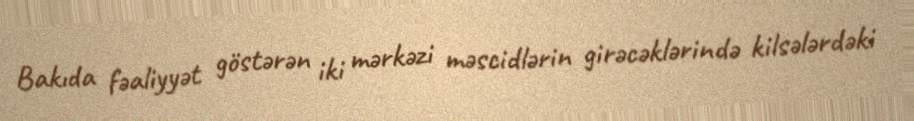
Bakıda fəaliyyət göstərən iki mərkəzi məscidlərin girəcəklərində kilsələrdəki